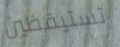
تستيقظين